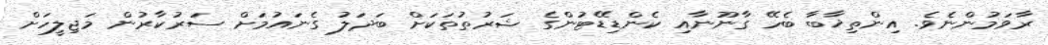
ރާވަމުންނެވެ. އިންތިޚާބާ ބެހޭ ގާނޫނާއި ކެންޑިޑޭޓުންގެ ޝަރުތުތަކަށް ބަދަލު ގެނައުމަށް ސަރުކާރުން މަޖިލީހަށް